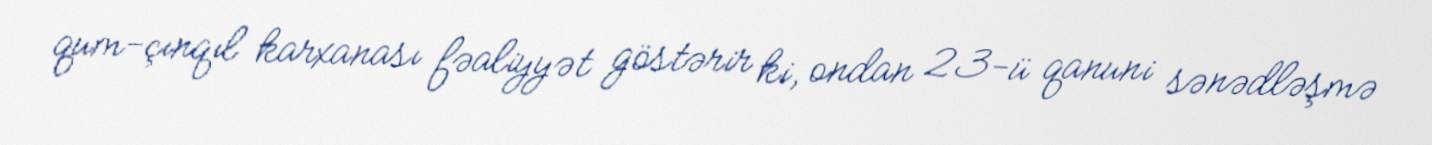
qum-çınqıl karxanası fəaliyyət göstərir ki, ondan 23-ü qanuni sənədləşmə